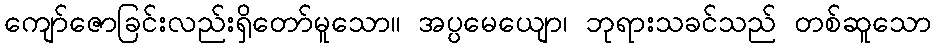
ကျော်ဇောခြင်းလည်းရှိတော်မူသော။ အပ္ပမေယျော၊ ဘုရားသခင်သည် တစ်ဆူသော